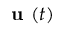
{ \textbf { u } } ( t )